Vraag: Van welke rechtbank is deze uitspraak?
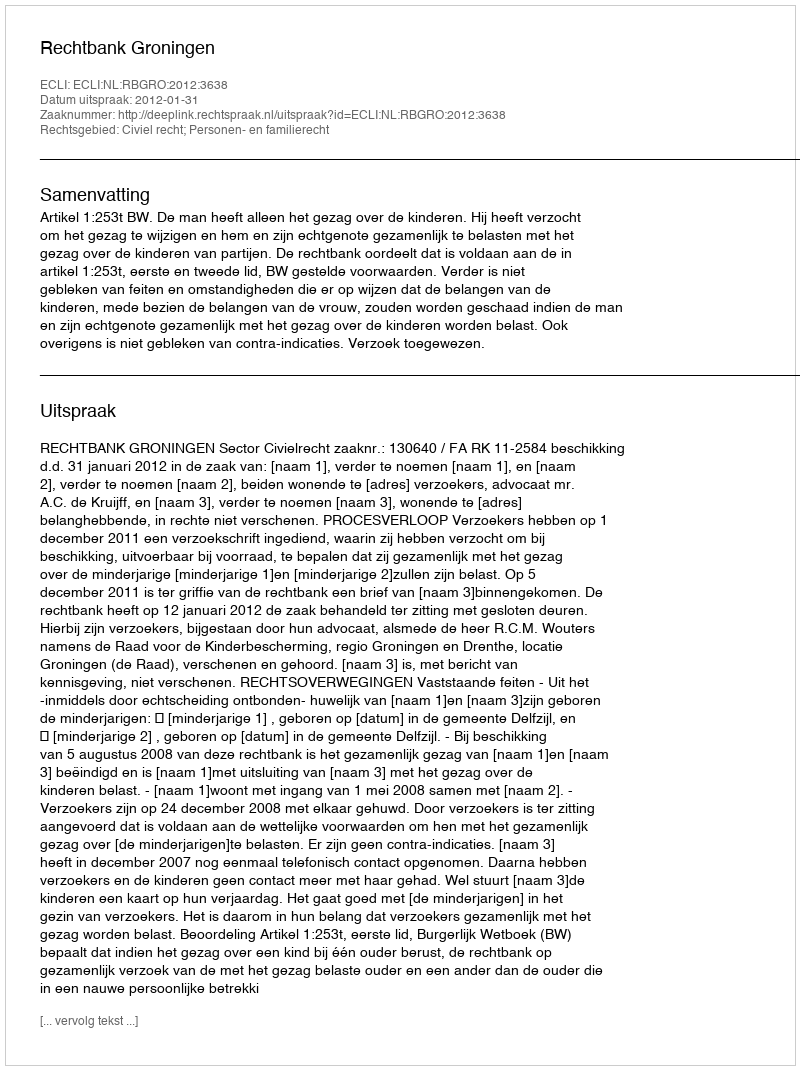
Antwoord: Rechtbank Groningen